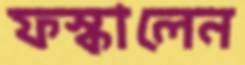
ফস্‌কালেন